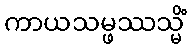
ကာယသမ္ဖဿသ္မိံ